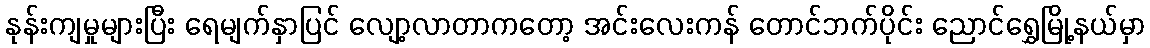
နုန်းကျမှုများပြီး ရေမျက်နှာပြင် လျော့လာတာကတော့ အင်းလေးကန် တောင်ဘက်ပိုင်း ညောင်ရွှေမြို့နယ်မှာ